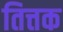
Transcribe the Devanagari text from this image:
तित्तक